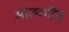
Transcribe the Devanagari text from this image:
आत्मगीत